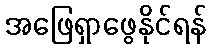
အဖြေရှာဖွေနိုင်ရန်